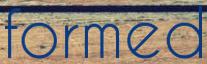
formed